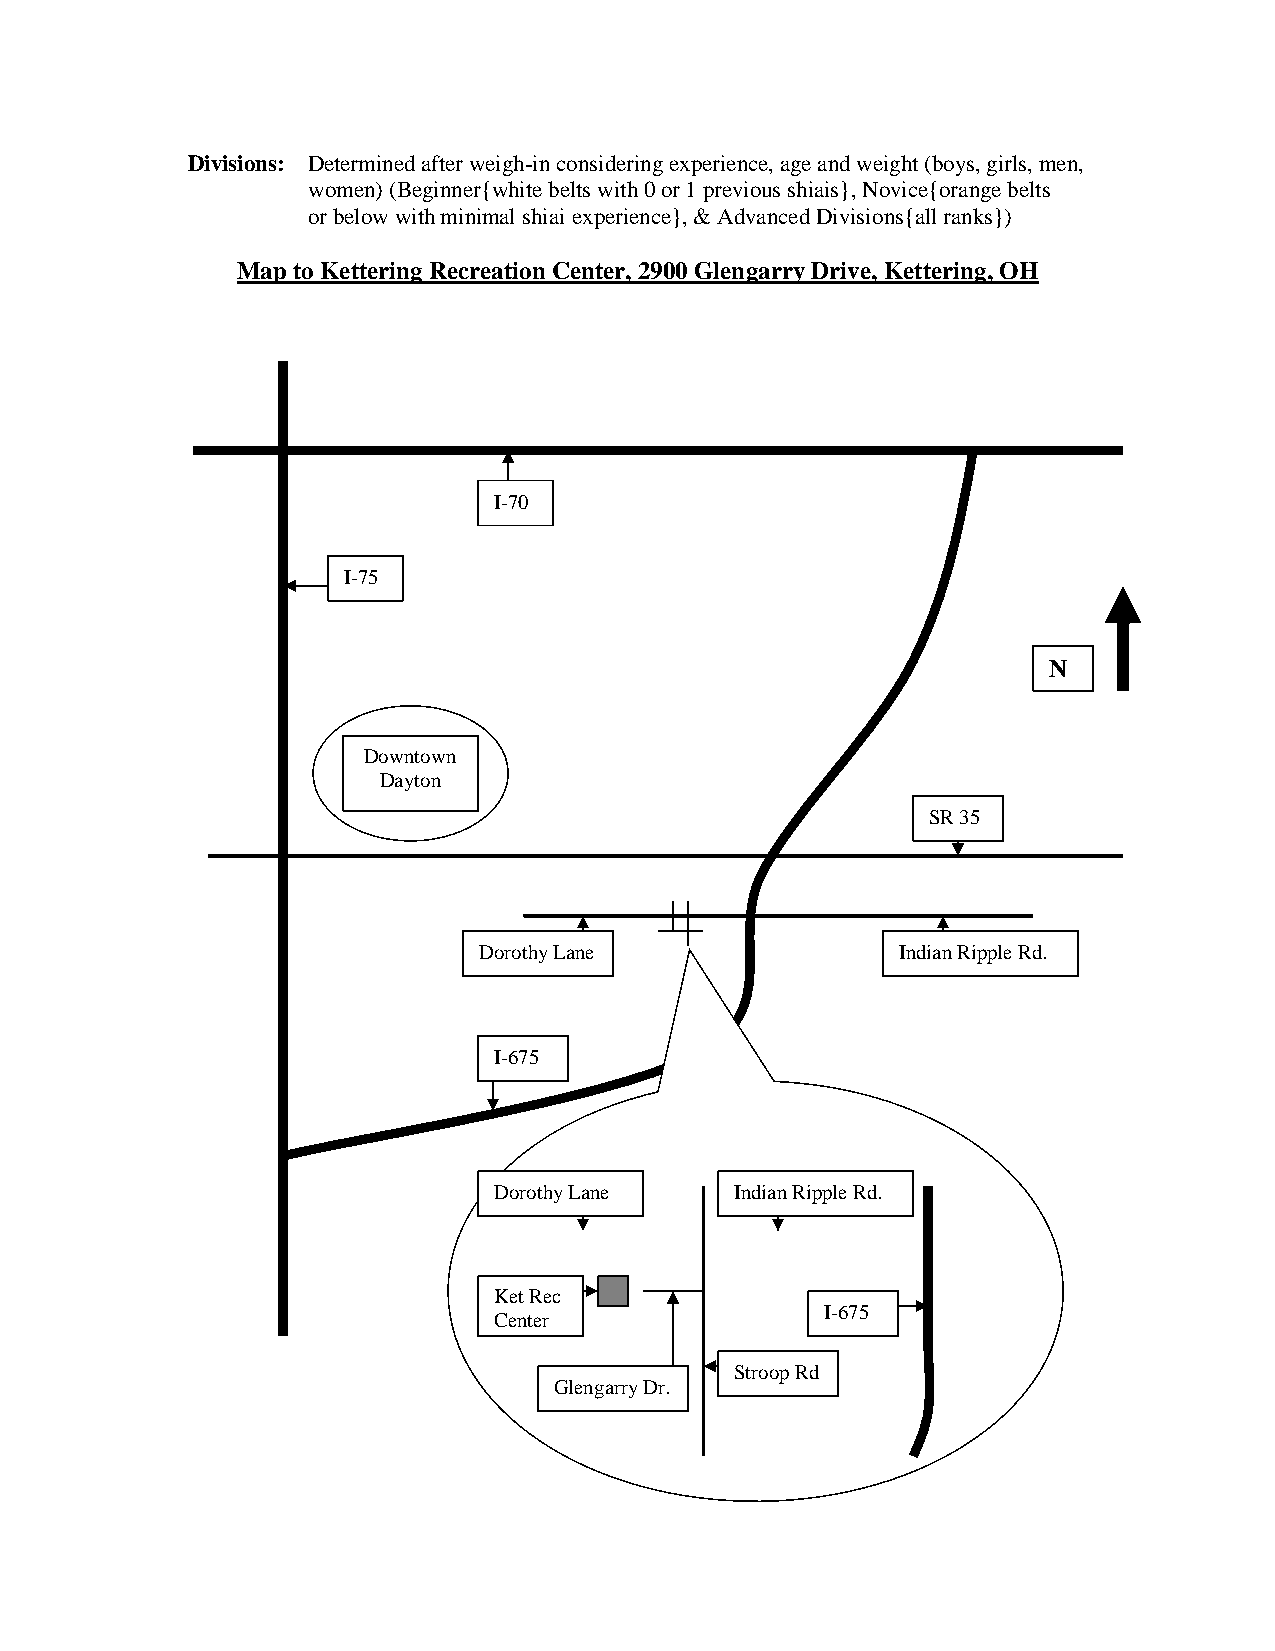
Divisions: Determined after weigh-in considering experience, age and weight (boys, girls, men,
 women) (Beginner{white belts with 0 or 1 previous shiais}, Novice{orange belts
 or below with minimal shiai experience}, & Advanced Divisions{all ranks})
 Map to Kettering Recreation Center, 2900 Glengarry Drive, Kettering, OH
 I-70
 I-75
 N
 Downtown
 Dayton
 SR 35
 Dorothy Lane                Indian Ripple Rd.
 I-675
 Dorothy Lane    Indian Ripple Rd.
 Ket Rec
 I-675
 Center
 Stroop Rd
 Glengarry Dr.